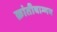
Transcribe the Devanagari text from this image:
क्रांतीवाग्मय